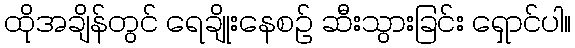
ထိုအချိန်တွင် ရေချိုးနေစဉ် ဆီးသွားခြင်း ရှောင်ပါ။